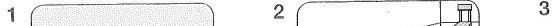
1 2 3